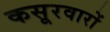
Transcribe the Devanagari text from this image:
कसूरवारों